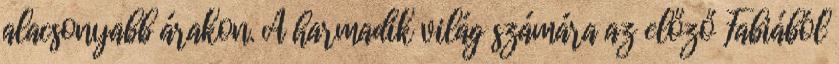
alacsonyabb árakon. A harmadik világ számára az előző Fabiából